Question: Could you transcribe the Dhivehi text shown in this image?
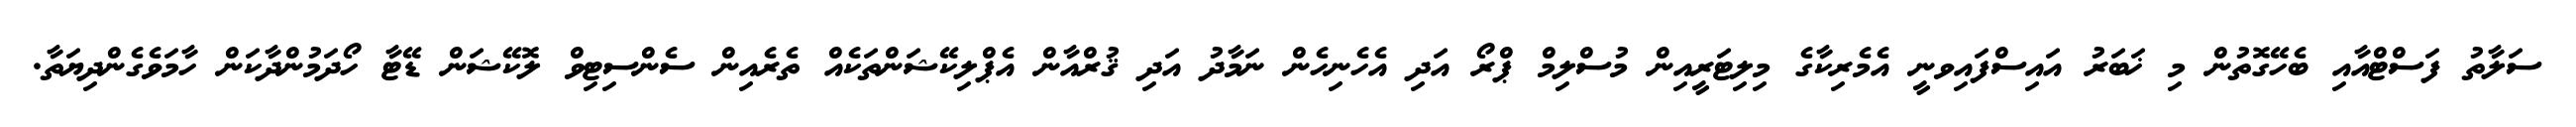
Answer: ސަލާތު ފަސްޓްއާއި ބެހޭގޮތުން މި ޚަބަރު އައިސްފައިވނީ އެމެރިކާގެ މިލިޓަރީއިން މުސްލިމް ޕްރޯ އަދި އެހެނިހެން ނަމާދު އަދި ޤުރްއާން އެޕްލިކޭޝަންތަކެއް ތެރެއިން ސެންސިޓިވް ލޮކޭޝަން ޑޭޓާ ހޯދަމުންދާކަން ހާމަވެގެންދިޔަތާ.